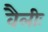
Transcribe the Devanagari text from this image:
वैलीः